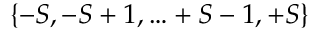
\{ - S , - S + 1 , \ldots + S - 1 , + S \}